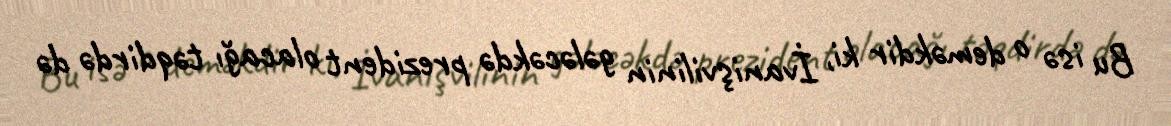
Bu isə o deməkdir ki, İvanişvilinin gələcəkdə prezident olacağı təqdirdə də